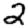
Digit: 2